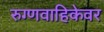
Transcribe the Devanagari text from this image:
रुग्णवाहिकेवर